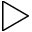
\triangleright